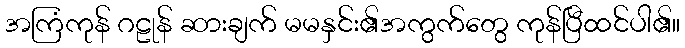
အကြံကုန် ဂဠုန် ဆားချက် မမနှင်း၏အကွက်တွေ ကုန်ပြီထင်ပါ၏။